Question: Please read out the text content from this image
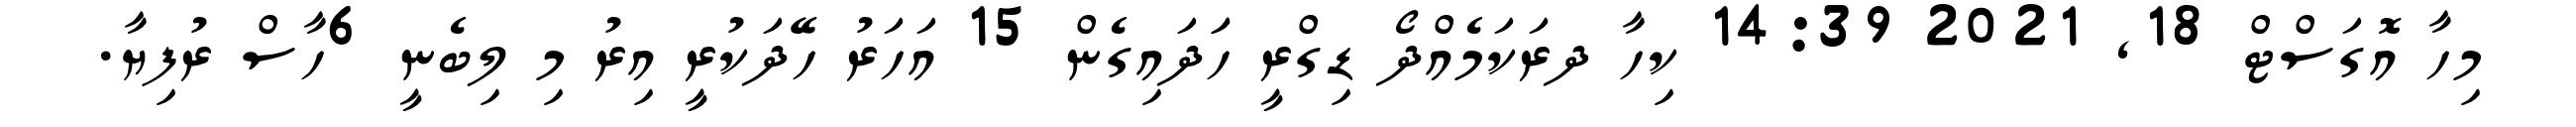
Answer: މިހާ އޮގަސްޓް 18, 2021 14:39 ކިހާ ދރަކަމެއްދޯ ޑިގްރީ ހަަދައިގެން 15 އަހަރު ހޭދަކުރީ އިރު މި ލިބެނީ 6ހާސް ރުފިޔާ.